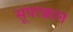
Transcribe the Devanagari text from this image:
सूपरब्राल